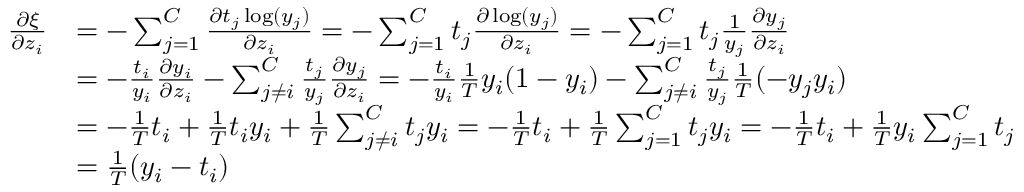
\begin{array} { r l } { \frac { \partial \xi } { \partial z _ { i } } } & { = - \sum _ { j = 1 } ^ { C } \frac { \partial t _ { j } \log ( y _ { j } ) } { \partial z _ { i } } = - \sum _ { j = 1 } ^ { C } t _ { j } \frac { \partial \log ( y _ { j } ) } { \partial z _ { i } } = - \sum _ { j = 1 } ^ { C } t _ { j } \frac { 1 } { y _ { j } } \frac { \partial y _ { j } } { \partial z _ { i } } } \\ & { = - \frac { t _ { i } } { y _ { i } } \frac { \partial y _ { i } } { \partial z _ { i } } - \sum _ { j \neq i } ^ { C } \frac { t _ { j } } { y _ { j } } \frac { \partial y _ { j } } { \partial z _ { i } } = - \frac { t _ { i } } { y _ { i } } \frac { 1 } { T } y _ { i } ( 1 - y _ { i } ) - \sum _ { j \neq i } ^ { C } \frac { t _ { j } } { y _ { j } } \frac { 1 } { T } ( - y _ { j } y _ { i } ) } \\ & { = - \frac { 1 } { T } t _ { i } + \frac { 1 } { T } t _ { i } y _ { i } + \frac { 1 } { T } \sum _ { j \neq i } ^ { C } t _ { j } y _ { i } = - \frac { 1 } { T } t _ { i } + \frac { 1 } { T } \sum _ { j = 1 } ^ { C } t _ { j } y _ { i } = - \frac { 1 } { T } t _ { i } + \frac { 1 } { T } y _ { i } \sum _ { j = 1 } ^ { C } t _ { j } } \\ & { = \frac { 1 } { T } ( y _ { i } - t _ { i } ) } \end{array}